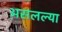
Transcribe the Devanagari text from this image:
असलल्या